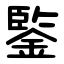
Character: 鍳